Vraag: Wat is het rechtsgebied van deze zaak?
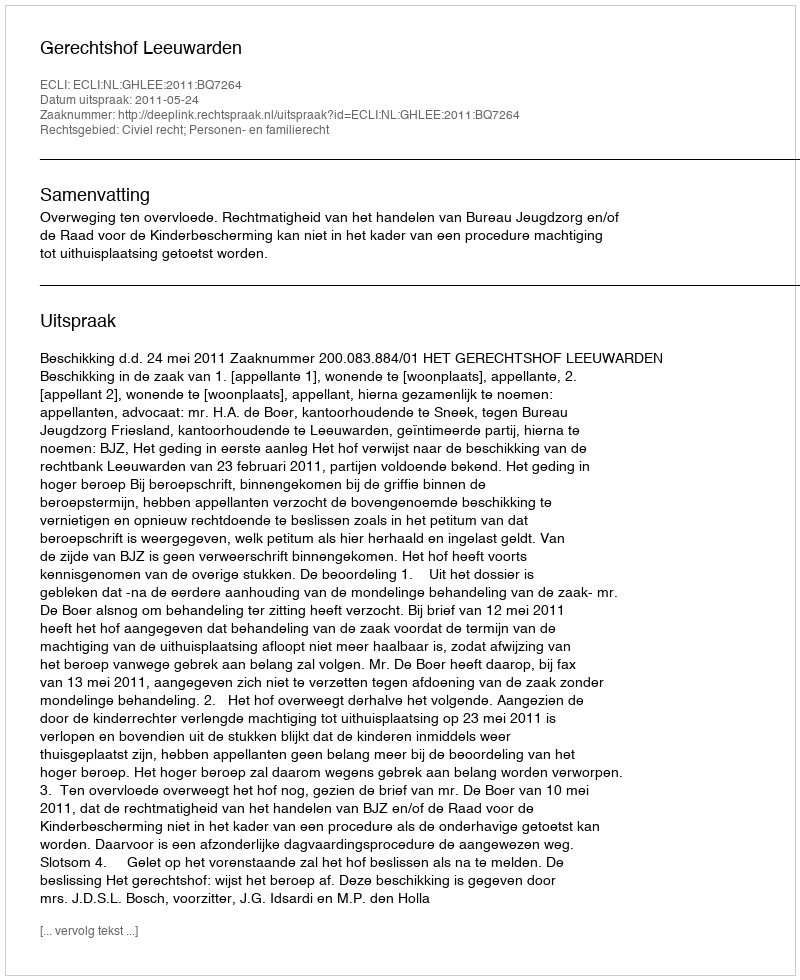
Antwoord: Civiel recht; Personen- en familierecht